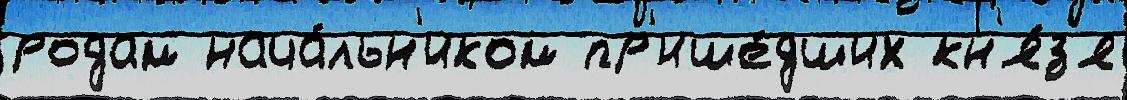
родам нача́льн'иком пр'ише́дших кн'я́з'я